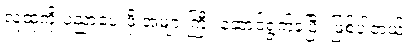
လူထုကို ပညာပေးဖို့ အများကြီး ဆောင်ရွက်ခဲ့ပြီး ဖြစ်ပါတယ်။